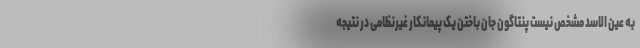
به عین الاسد مشخص نیست پنتاگون جان باختن یک پیمانکار غیرنظامی در نتیجه